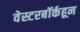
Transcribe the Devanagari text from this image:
वेस्टरबॉर्कहून